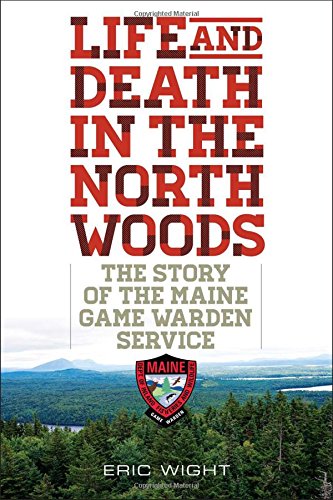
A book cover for Life and Death in the North Woods: The Story of the Maine Game Warden Service; Eric Wight; Biographies & Memoirs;